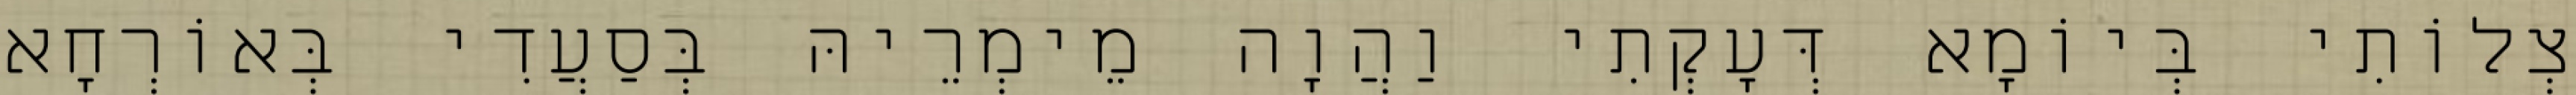
צְלוֹתִי בְּיוֹמָא דְּעָקְתִי וַהֲוָה מֵימְרֵיהּ בְּסַעֲדִי בְּאוֹרְחָא